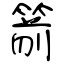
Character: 箭